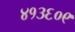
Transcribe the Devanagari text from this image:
४१३६०९